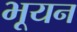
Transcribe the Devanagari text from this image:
भूयन